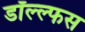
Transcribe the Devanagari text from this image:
डॉल्ल्फस